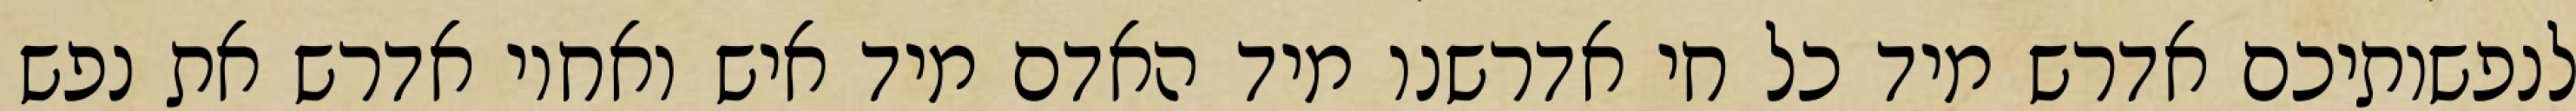
לנפשותיכם אדרש מיד כל חי אדרשנו מיד האדם מיד איש ואחיו אדרש את נפש